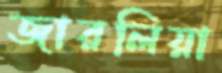
জারলিয়া